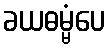
ခယဓမ္မံပေ